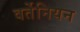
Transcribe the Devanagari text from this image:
वर्तेनियन